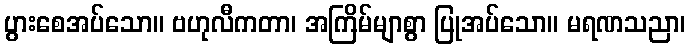
ပွားစေအပ်သော။ ဗဟုလီကတာ၊ အကြိမ်မျာစွာ ပြုအပ်သော။ မရဏသညာ၊